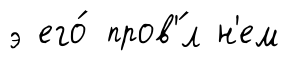
э его́ пров'́л н'ем